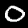
Label: 0